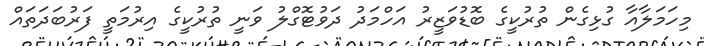
މިހަމަލާއާ ގުޅިގެން ތުރުކީގެ ބޮޑުވަޒީރު އަހްމަދު ދަވުޓޮގްލު ވަނީ ތުރުކީގެ އިރުމަތީ ފަރުބަދަތައް